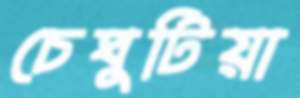
চেঘুটিয়া